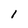
Character: l